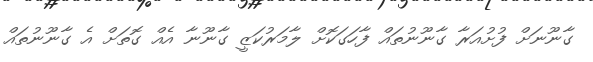
ގާނޫނަށް ފުށުއަރާ ގާނޫނުތައް ފާހަގަކޮށް ލާމަރުކަޒީ ގާނޫނާ އެއް ގޮތަށް އެ ގާނޫނުތައް